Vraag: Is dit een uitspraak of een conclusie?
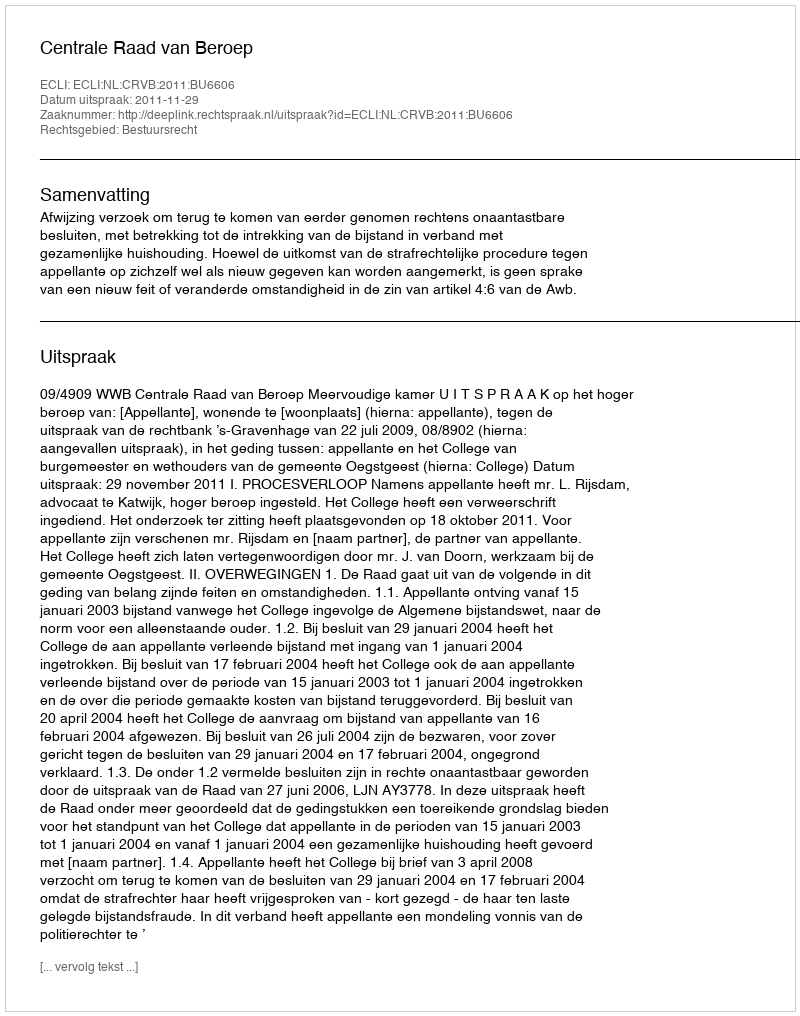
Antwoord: Uitspraak